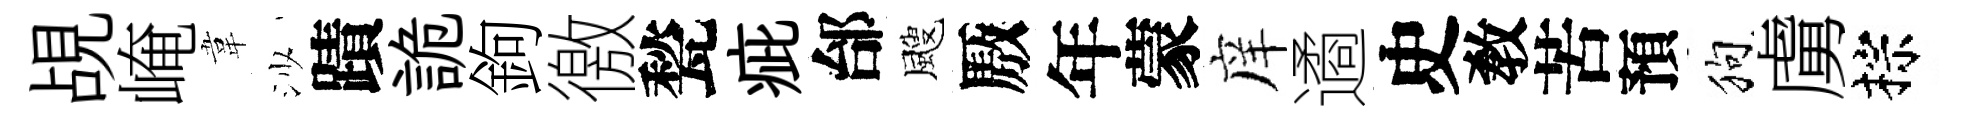
覘崦韋沙蹟詭鉤徼甃疵邰颼厫年蒙庠遹史敎苦預狗虜棕